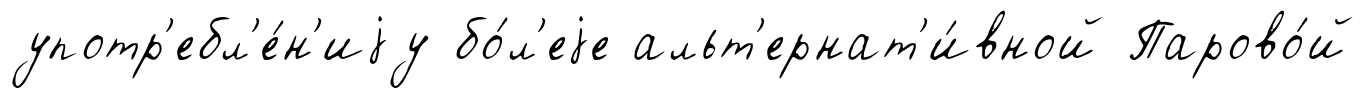
употр'ебл'е́н'иjу бо́л'еjе альт'ернат'и́вной Парово́й